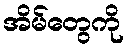
အိမ်တွေကို